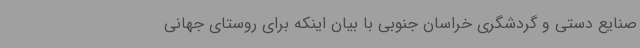
صنایع دستی و گردشگری خراسان جنوبی با بیان اینکه برای روستای جهانی